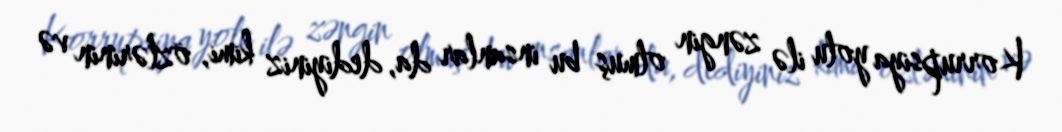
Korrupsiya yolu ilə zəngin olmuş bu insanlar da, dediyiniz kimi, özlərinin və